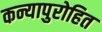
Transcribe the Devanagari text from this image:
कन्यापुरोहित